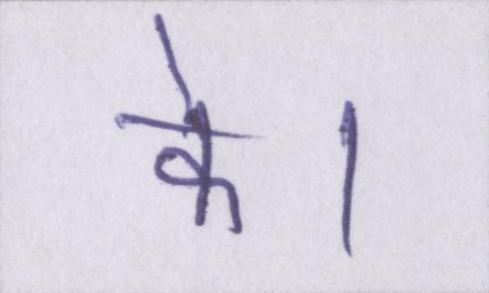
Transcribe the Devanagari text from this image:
के।